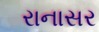
રાનાસર